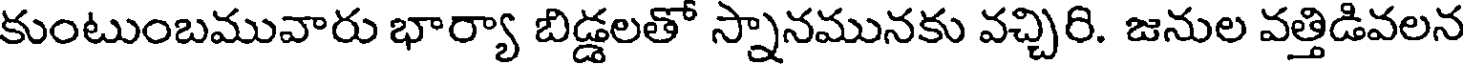
కుంటుంబమువారు భార్యా బిడ్డలతో స్నానమునకు వచ్చిరి. జనుల వత్తిడివలన